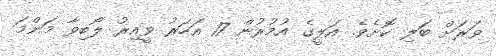
ވަރަށް ބަލި ކޮށެވެ. އަލީގެ އުމުރުން 17 އަހަރު ވީއިރު ލޯބިވާ މަންމަ